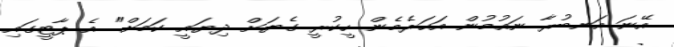
އޭނަ އަނބުރާ ނައުމުން އަހަރެމެން ހީކުރީ ގެޔަށް ދިޔައީ ކަމަށް" އެ ޕާޓީގައި